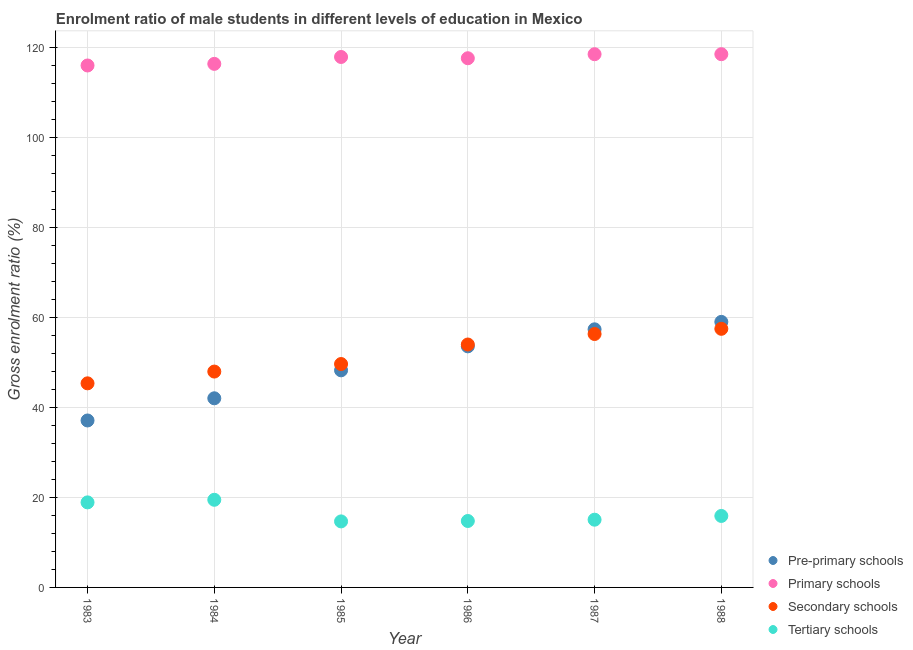
| Year | Pre-primary schools | Primary schools | Secondary schools | Tertiary schools |
 | --- | --- | --- | --- | --- |
 | 1983 | 37.1 | 116 | 45.3 | 18.9 |
 | 1984 | 42 | 116 | 47.9 | 19.5 |
 | 1985 | 48.2 | 118 | 49.6 | 14.7 |
 | 1986 | 53.5 | 118 | 53.9 | 14.8 |
 | 1987 | 57.3 | 118 | 56.3 | 15 |
 | 1988 | 59 | 118 | 57.4 | 15.9 |